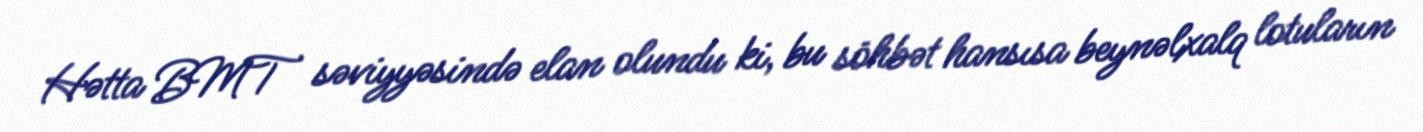
Hətta BMT səviyyəsində elan olundu ki, bu söhbət hansısa beynəlxalq lotuların